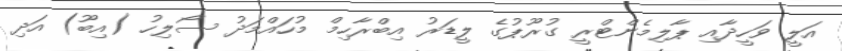
އަލީ ވަހީދާއި ޕާލިމެންޓްރީ ގުރޫޕުގެ ލީޑަރު އިބްރާހިމް މުހައްމަދު ސޯލިހު (އިބޫ) އަދި